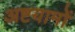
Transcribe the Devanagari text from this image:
अष्टयामों